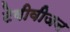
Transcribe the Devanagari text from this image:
टेवीवीजन